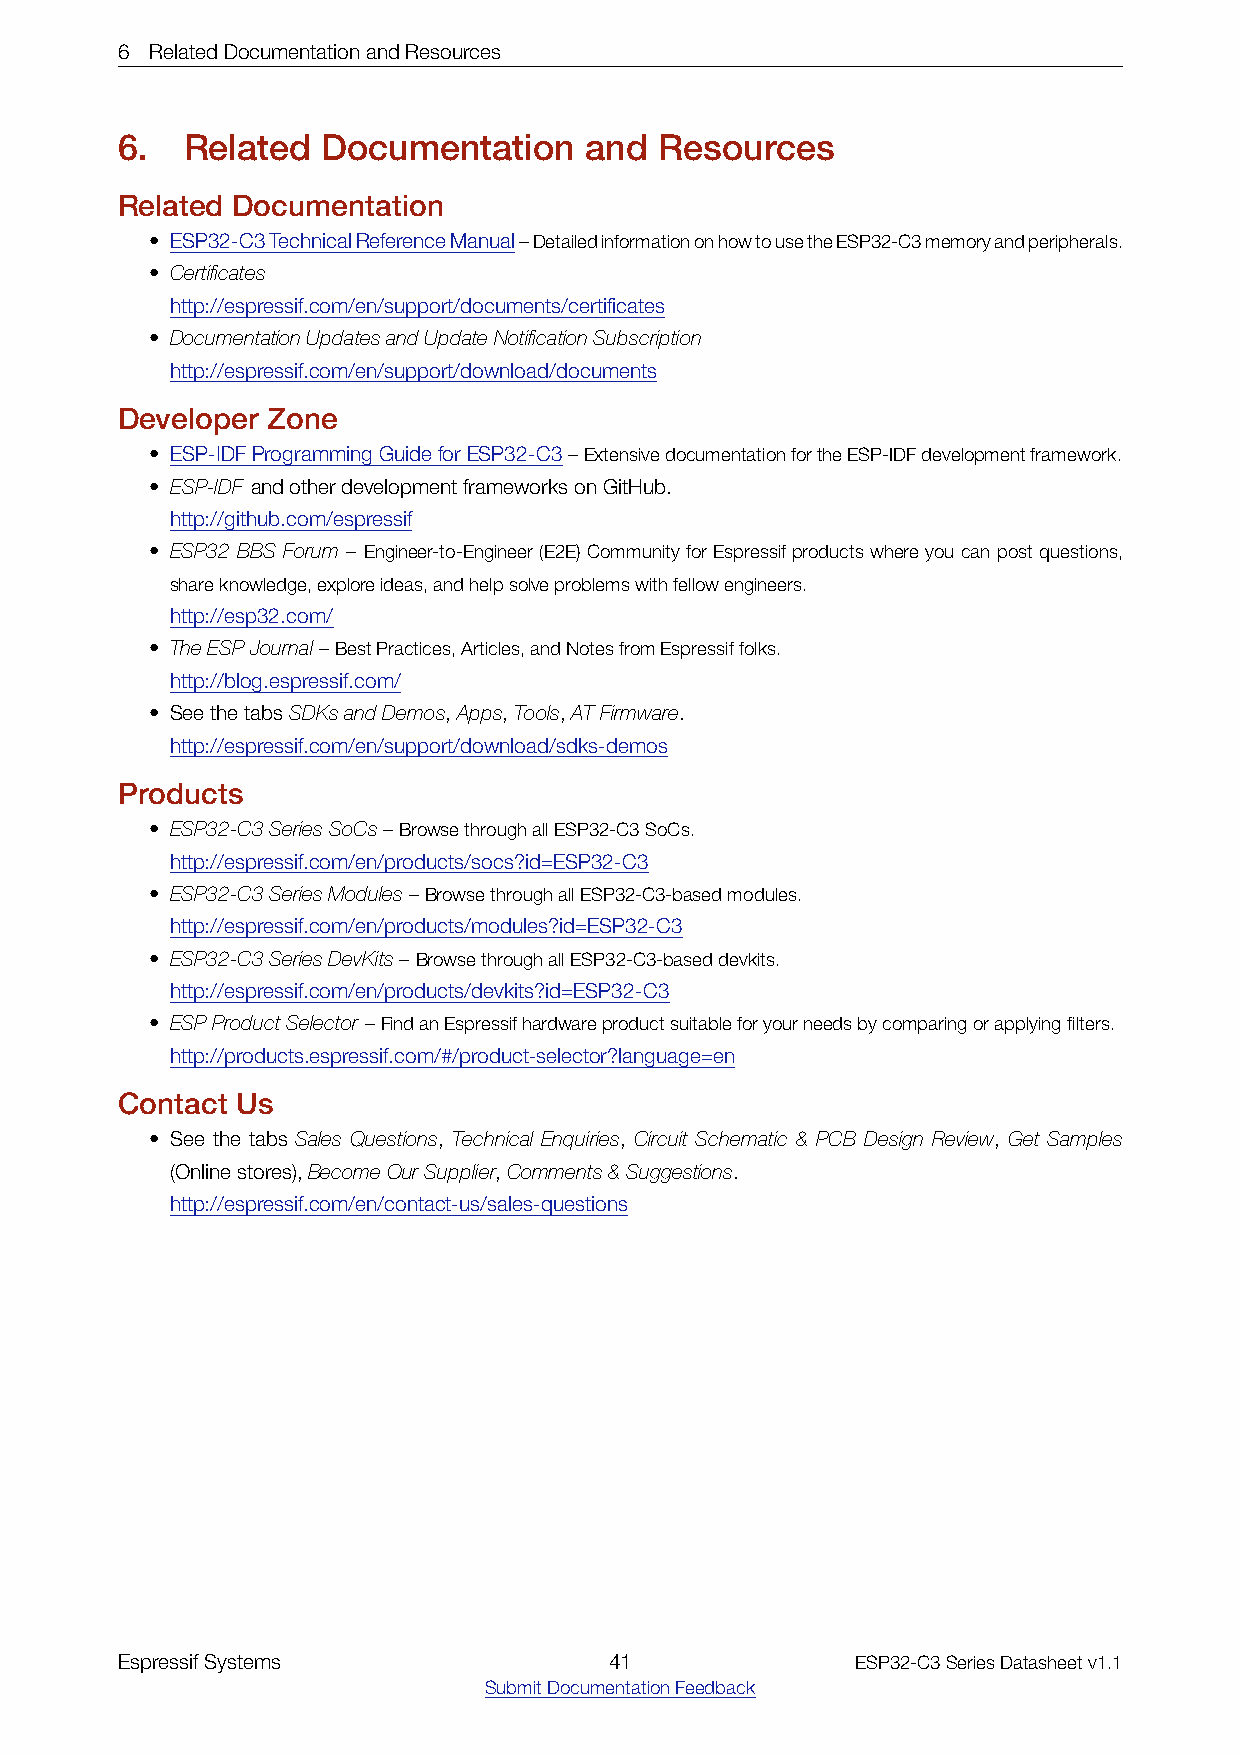
6 RelatedDocumentationandResources
 6.  Related  Documentation     and  Resources
 Related Documentation
 • ESP32-C3TechnicalReferenceManual–DetailedinformationonhowtousetheESP32-C3memoryandperipherals.
 • Certificates
 http://espressif.com/en/support/documents/certificates
 • DocumentationUpdatesandUpdateNotificationSubscription
 http://espressif.com/en/support/download/documents
 Developer Zone
 • ESP-IDFProgrammingGuideforESP32-C3–ExtensivedocumentationfortheESP-IDFdevelopmentframework.
 • ESP-IDF andotherdevelopmentframeworksonGitHub.
 http://github.com/espressif
 • ESP32 BBS Forum – Engineer-to-Engineer (E2E) Community for Espressif products where you can post questions,
 shareknowledge,exploreideas,andhelpsolveproblemswithfellowengineers.
 http://esp32.com/
 • TheESPJournal–BestPractices,Articles,andNotesfromEspressiffolks.
 http://blog.espressif.com/
 • SeethetabsSDKsandDemos,Apps,Tools,ATFirmware.
 http://espressif.com/en/support/download/sdks-demos
 Products
 • ESP32-C3SeriesSoCs–BrowsethroughallESP32-C3SoCs.
 http://espressif.com/en/products/socs?id=ESP32-C3
 • ESP32-C3SeriesModules–BrowsethroughallESP32-C3-basedmodules.
 http://espressif.com/en/products/modules?id=ESP32-C3
 • ESP32-C3SeriesDevKits–BrowsethroughallESP32-C3-baseddevkits.
 http://espressif.com/en/products/devkits?id=ESP32-C3
 • ESPProductSelector –FindanEspressifhardwareproductsuitableforyourneedsbycomparingorapplyingfilters.
 http://products.espressif.com/#/product-selector?language=en
 Contact Us
 • See the tabs Sales Questions, Technical Enquiries, Circuit Schematic & PCB Design Review, Get Samples
 (Onlinestores),BecomeOurSupplier,Comments&Suggestions.
 http://espressif.com/en/contact-us/sales-questions
 EspressifSystems                41               ESP32-C3SeriesDatasheetv1.1
 SubmitDocumentationFeedback